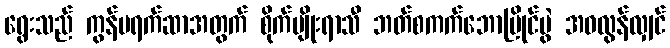
ရွေးသည် ကွန်ပရက်ဆာအတွက် စိုက်ပျိုးရာသီ ဘတ်စကက်ဘောပြိုင်ပွဲ အဝလွန်လျှင်